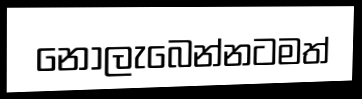
නොලැබෙන්නටමත්